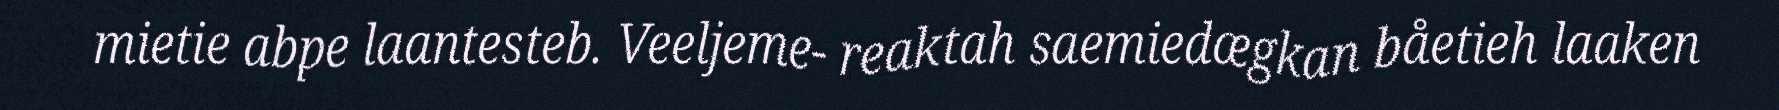
mietie abpe laantesteb. Veeljeme- reaktah saemiedægkan båetieh laaken